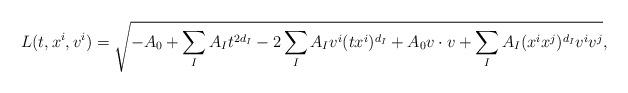
LaTeX: \begin{align*} L(t,x^i,v^i)=\sqrt{-A_0+\sum_IA_It^{2d_I}-2\sum_IA_Iv^i(tx^i)^{d_I}+A_0v\cdot v+\sum_IA_I(x^ix^j)^{d_I}v^iv^j},\end{align*}